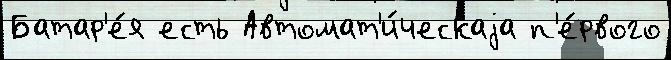
Батар'е́я есть Автомат'и́ческаjа п'е́рвого